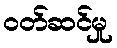
ဝတ်ဆင်မှု